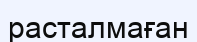
расталмаған